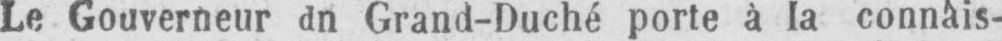
Le Gouverneur dn Grand-Duché porte à la connais-